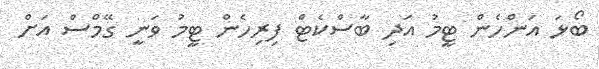
ބޯޅަ އަންހެން ޓީމު އަދި ބާސްކެޓް ފިރިހެން ޓީމު ވަނީ ގޭމްސް އަށް